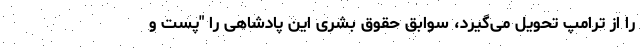
را از ترامپ تحویل می‌گیرد، سوابق حقوق بشری این پادشاهی را "پست و